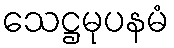
သေဋ္ဌမုပနမံ